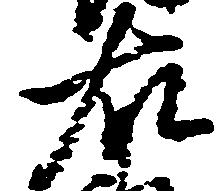
右